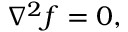
\nabla ^ { 2 } f = 0 ,